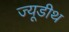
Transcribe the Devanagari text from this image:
ज्यूडीथ